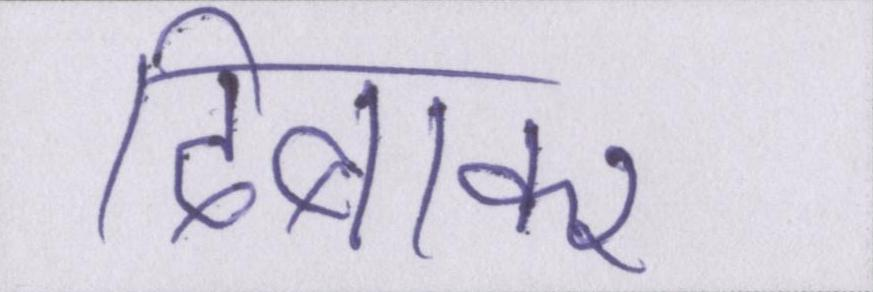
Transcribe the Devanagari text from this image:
दिबाकर